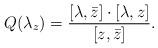
LaTeX: \begin{align*}Q(\lambda_{z}) = \frac{[\lambda, \bar z]\cdot [\lambda, z]}{[z, \bar z]}.\end{align*}